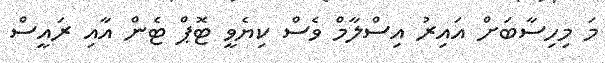
މަ މިހިސާބަށް އައިރު އިސްލާމް ވެސް ކިޔެވީ ޓޮޕް ޓެން އާއި ރައީސް